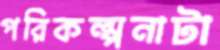
পরিকল্পনাটা